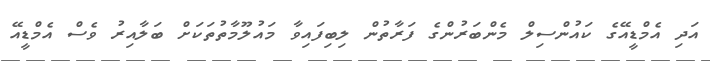
އަދި އެމްޑީއޭގެ ކައުންސިލް މެންބަރުންގެ ފަރާތުން ލިބިފައިވާ މައުލޫމާތުތަކަށް ބަލާއިރު ވެސް އެމްޑީއޭ